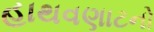
હાથવણાટનો